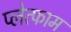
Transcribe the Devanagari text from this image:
प्लेत्फाम